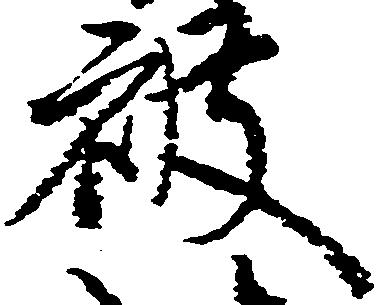
被